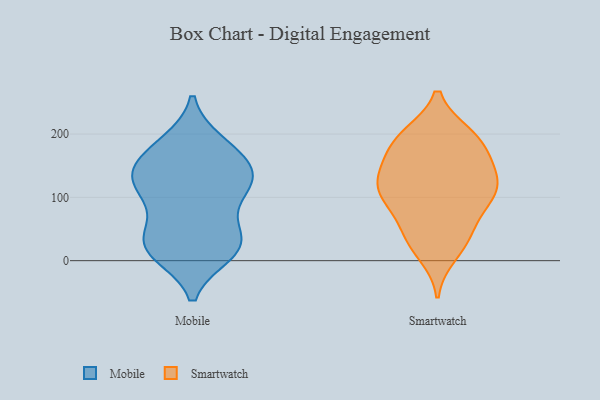
{"axis": {"x": "Production Output", "y": "Value"}, "legend": ["Mobile", "Smartwatch"], "data": [{"x": "", "y": 116, "type": "Mobile"}, {"x": "", "y": 33, "type": "Mobile"}, {"x": "", "y": 11, "type": "Mobile"}, {"x": "", "y": 23, "type": "Mobile"}, {"x": "", "y": 97, "type": "Mobile"}, {"x": "", "y": 115, "type": "Mobile"}, {"x": "", "y": 185, "type": "Mobile"}, {"x": "", "y": 186, "type": "Mobile"}, {"x": "", "y": 17, "type": "Mobile"}, {"x": "", "y": 137, "type": "Mobile"}, {"x": "", "y": 150, "type": "Mobile"}, {"x": "", "y": 13, "type": "Mobile"}, {"x": "", "y": 48, "type": "Mobile"}, {"x": "", "y": 134, "type": "Mobile"}, {"x": "", "y": 112, "type": "Mobile"}, {"x": "", "y": 42, "type": "Mobile"}, {"x": "", "y": 168, "type": "Mobile"}, {"x": "", "y": 145, "type": "Mobile"}, {"x": "", "y": 99, "type": "Smartwatch"}, {"x": "", "y": 194, "type": "Smartwatch"}, {"x": "", "y": 42, "type": "Smartwatch"}, {"x": "", "y": 11, "type": "Smartwatch"}, {"x": "", "y": 79, "type": "Smartwatch"}, {"x": "", "y": 157, "type": "Smartwatch"}, {"x": "", "y": 197, "type": "Smartwatch"}, {"x": "", "y": 120, "type": "Smartwatch"}, {"x": "", "y": 120, "type": "Smartwatch"}, {"x": "", "y": 169, "type": "Smartwatch"}, {"x": "", "y": 147, "type": "Smartwatch"}, {"x": "", "y": 32, "type": "Smartwatch"}, {"x": "", "y": 93, "type": "Smartwatch"}, {"x": "", "y": 190, "type": "Smartwatch"}, {"x": "", "y": 133, "type": "Smartwatch"}, {"x": "", "y": 115, "type": "Smartwatch"}, {"x": "", "y": 40, "type": "Smartwatch"}, {"x": "", "y": 198, "type": "Smartwatch"}, {"x": "", "y": 107, "type": "Smartwatch"}]}